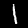
Label: 1